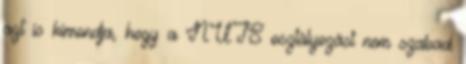
azt is kimondja, hogy a NUTS osztályozást nem szabad